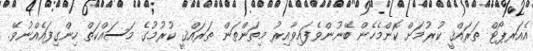
އެއަރޕޯޓް ތަރައްޤީ ކުރުމަށް ކޮންމެހެން ބޭނުންވެފައިވާއިރު މިތަންތަން ތަރައްޤީ ކުރުމުގެ މަސައްކަތް ހިންގިފައެއްނުވޭ.